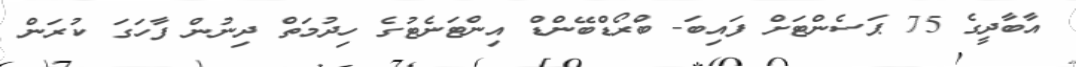
އާބާދީގެ 75 ޕަސެންޓަށް ފައިބަ- ބްރޯޑްބޭންޑް އިންޓަނެޓުގެ ހިދުމަތް ދިނުން ފާހަގަ ކުރަން